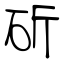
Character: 斫